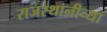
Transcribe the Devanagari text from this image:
राजस्थानीच्या